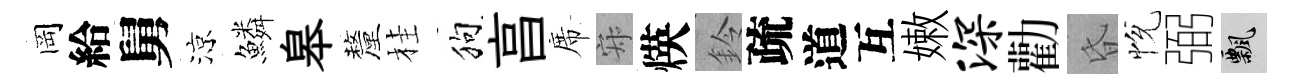
岡給舅涼鱗皋釐桂狗亯席寂煐鈴疏道互嫩深勸昏恱弼飄